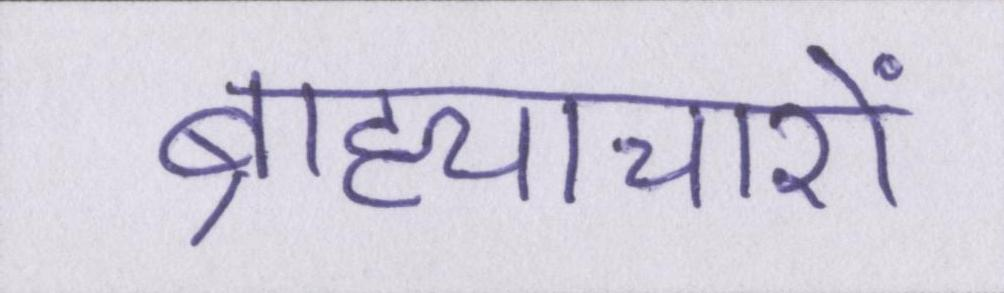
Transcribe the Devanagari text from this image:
ब्राह्याचारों